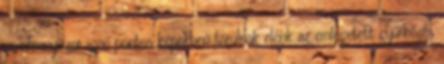
mindannyiszor igen pontos képekben tárulnak elénk az emlegetett gyürkőzés